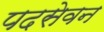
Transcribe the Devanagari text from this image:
पदसेवन